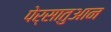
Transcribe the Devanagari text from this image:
पेर्सातुआन